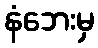
နံဘေးမှ